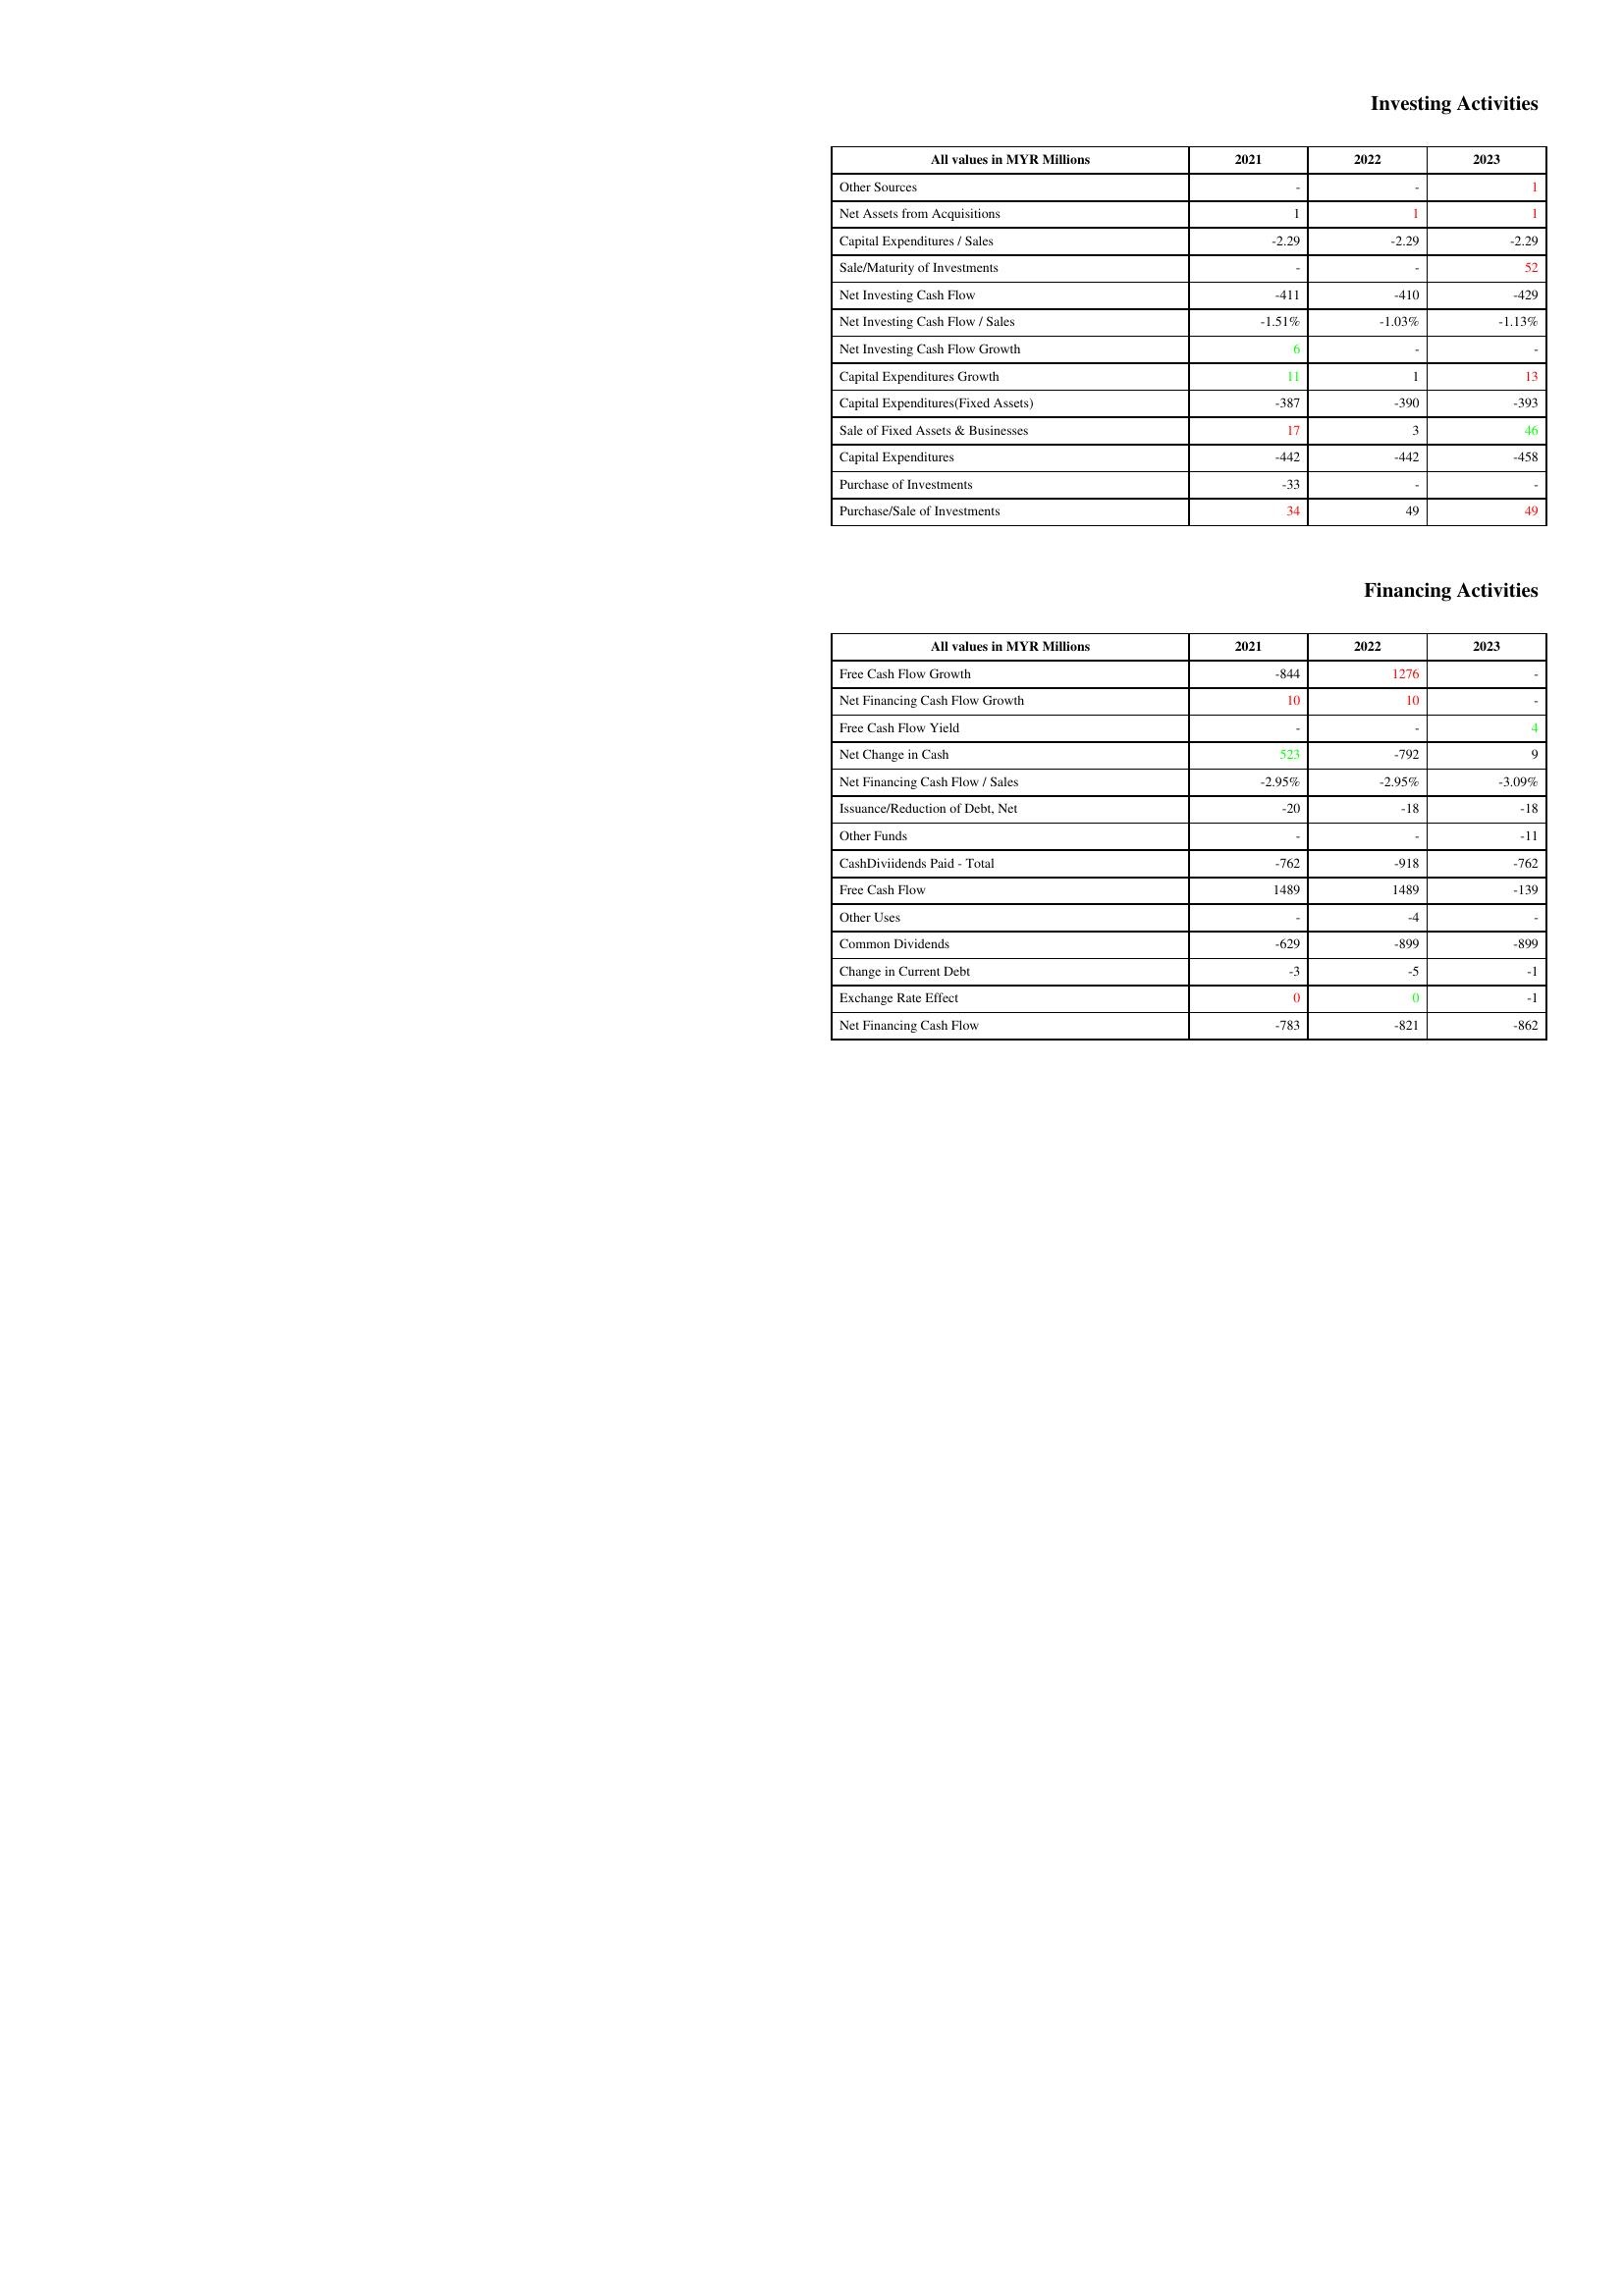
gt_parse: 2021: Investing Activities: Other Sources: -
Net Assets from Acquisitions: 1
Capital Expenditures / Sales: -2.29
Sale/Maturity of Investments: -
Net Investing Cash Flow: -411
Net Investing Cash Flow / Sales: -1.51%
Net Investing Cash Flow Growth: 6
Capital Expenditures Growth: 11
Capital Expenditures(Fixed Assets): -387
Sale of Fixed Assets & Businesses: 17
Capital Expenditures: -442
Purchase of Investments: -33
Purchase/Sale of Investments: 34
Financing Activities: Free Cash Flow Growth: -844
Net Financing Cash Flow Growth: 10
Free Cash Flow Yield: -
Net Change in Cash: 523
Net Financing Cash Flow / Sales: -2.95%
Issuance/Reduction of Debt, Net: -20
Other Funds: -
CashDiviidends Paid - Total: -762
Free Cash Flow: 1489
Other Uses: -
Common Dividends: -629
Change in Current Debt: -3
Exchange Rate Effect: 0
Net Financing Cash Flow: -783
2022: Investing Activities: Other Sources: -
Net Assets from Acquisitions: 1
Capital Expenditures / Sales: -2.29
Sale/Maturity of Investments: -
Net Investing Cash Flow: -410
Net Investing Cash Flow / Sales: -1.03%
Net Investing Cash Flow Growth: -
Capital Expenditures Growth: 1
Capital Expenditures(Fixed Assets): -390
Sale of Fixed Assets & Businesses: 3
Capital Expenditures: -442
Purchase of Investments: -
Purchase/Sale of Investments: 49
Financing Activities: Free Cash Flow Growth: 1276
Net Financing Cash Flow Growth: 10
Free Cash Flow Yield: -
Net Change in Cash: -792
Net Financing Cash Flow / Sales: -2.95%
Issuance/Reduction of Debt, Net: -18
Other Funds: -
CashDiviidends Paid - Total: -918
Free Cash Flow: 1489
Other Uses: -4
Common Dividends: -899
Change in Current Debt: -5
Exchange Rate Effect: 0
Net Financing Cash Flow: -821
2023: Investing Activities: Other Sources: 1
Net Assets from Acquisitions: 1
Capital Expenditures / Sales: -2.29
Sale/Maturity of Investments: 52
Net Investing Cash Flow: -429
Net Investing Cash Flow / Sales: -1.13%
Net Investing Cash Flow Growth: -
Capital Expenditures Growth: 13
Capital Expenditures(Fixed Assets): -393
Sale of Fixed Assets & Businesses: 46
Capital Expenditures: -458
Purchase of Investments: -
Purchase/Sale of Investments: 49
Financing Activities: Free Cash Flow Growth: -
Net Financing Cash Flow Growth: -
Free Cash Flow Yield: 4
Net Change in Cash: 9
Net Financing Cash Flow / Sales: -3.09%
Issuance/Reduction of Debt, Net: -18
Other Funds: -11
CashDiviidends Paid - Total: -762
Free Cash Flow: -139
Other Uses: -
Common Dividends: -899
Change in Current Debt: -1
Exchange Rate Effect: -1
Net Financing Cash Flow: -862